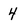
Character: 4